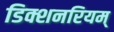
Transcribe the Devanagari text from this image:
डिक्शनरियम्